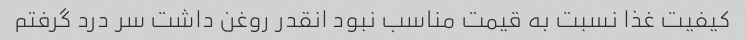
کیفیت غذا نسبت به قیمت مناسب نبود انقدر روغن داشت سر درد گرفتم